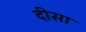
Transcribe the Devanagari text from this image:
दीसा